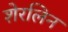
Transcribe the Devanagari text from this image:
शेरलिन